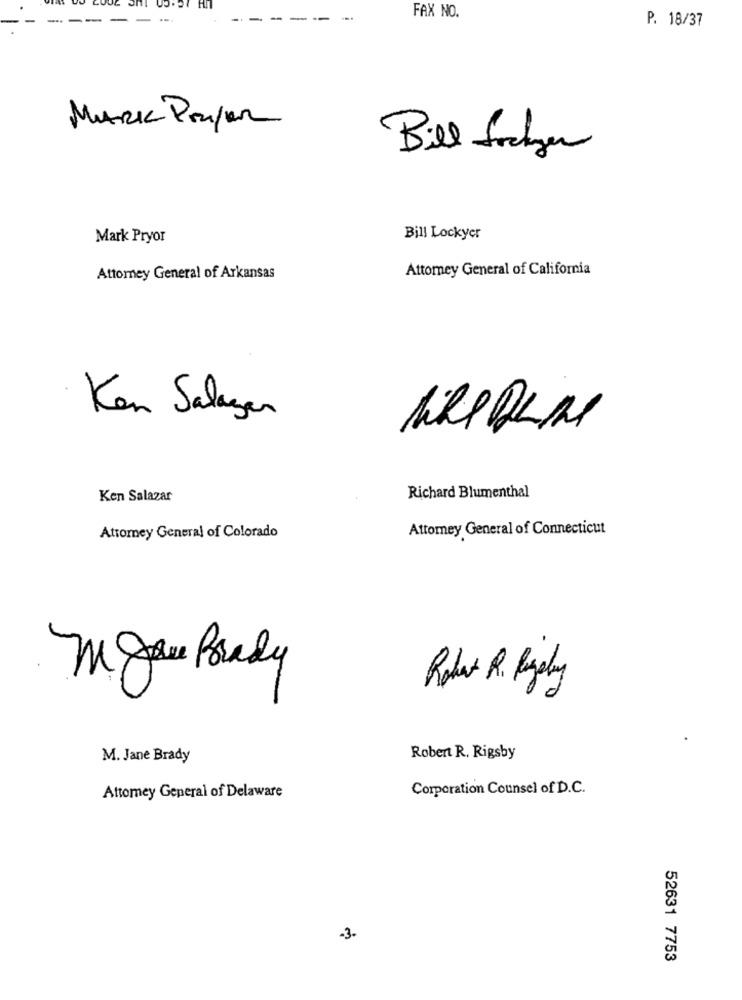
FAX NO.
P. 18/37
MARK Poupar
Bill Socker
Mark Pryor
Bill Lockyer
Attorney General of California
Attorney General of Arkansas
Ken Salagen
KR ALIN
Richard Blumenthal
Ken Salazar
Attorney General of Connecticut
Attomey General of Colorado
Mare Brady
Radu R. Ring
M. Jane Brady
Robert R. Rigsby
Corporation Counsel of D.C.
Attomey General of Delaware
-3-
52631 7753